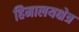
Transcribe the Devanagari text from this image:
हिमालयक्षेत्र